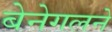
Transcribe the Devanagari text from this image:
बेनेगलने